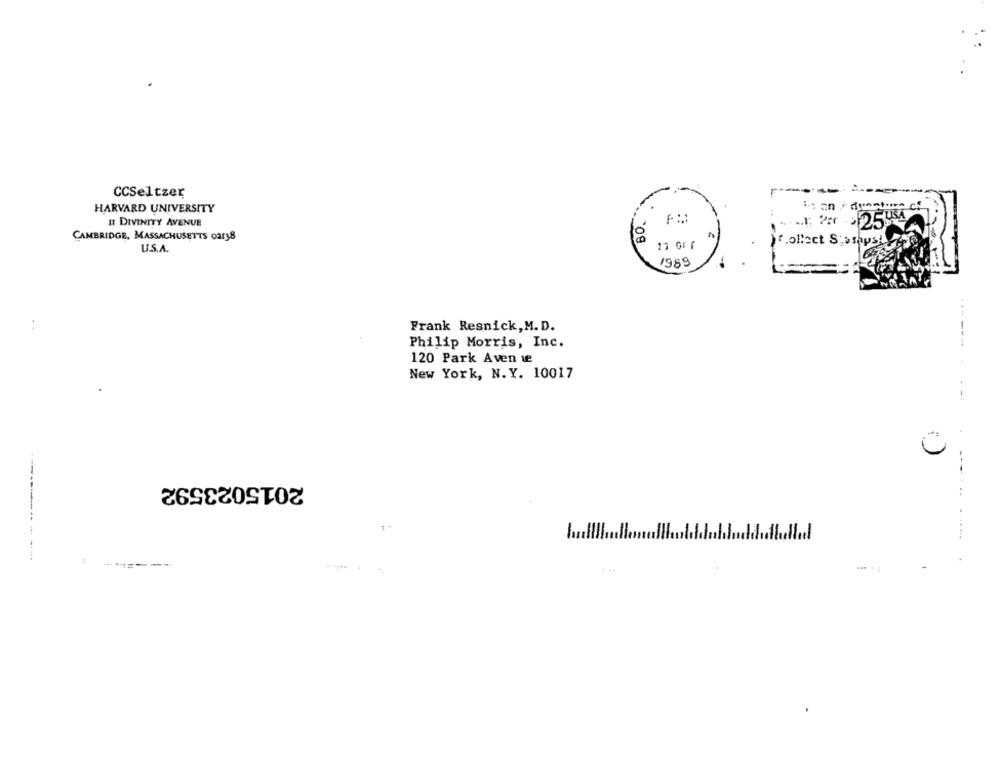
F
CCSeltzer
HARVARD UNIVERSITY
II DIVINITY AVENUE
CAMBRIDGE, MASSACHUSETTS oars8
collect S'stapsty
U.S.A.
1989
..
Frank Resnick, M.D.
Philip Morris, Inc.
------
120 Park Aven we
New York, N.Y. 10017
2015023592
. ..
------------